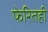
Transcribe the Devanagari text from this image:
फेरितही